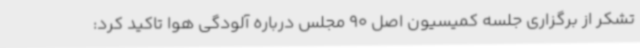
تشکر از برگزاری جلسه کمیسیون اصل 90 مجلس درباره آلودگی هوا تاکید کرد: